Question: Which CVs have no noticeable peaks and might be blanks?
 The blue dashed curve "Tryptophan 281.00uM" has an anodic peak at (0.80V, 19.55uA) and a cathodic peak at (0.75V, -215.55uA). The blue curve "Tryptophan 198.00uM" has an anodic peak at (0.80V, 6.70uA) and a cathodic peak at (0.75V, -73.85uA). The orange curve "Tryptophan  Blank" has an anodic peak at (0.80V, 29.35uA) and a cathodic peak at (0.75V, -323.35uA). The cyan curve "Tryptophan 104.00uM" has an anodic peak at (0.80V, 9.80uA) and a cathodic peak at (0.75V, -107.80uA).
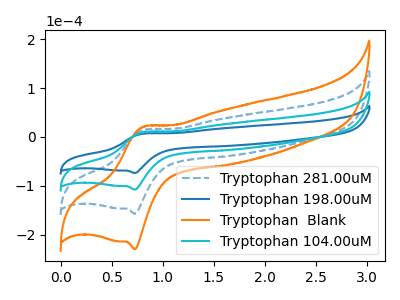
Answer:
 <answer>There are not any CV's on this graph that are likely to be blanks.</answer>
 <eval>none</eval>